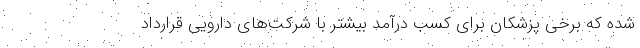
شده که برخی پزشکان برای کسب درآمد بیشتر با شرکت‌های دارویی قرارداد